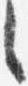
言